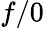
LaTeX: f/0